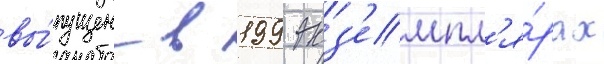
вы́пущен в 199 экз'емпл'я́рах